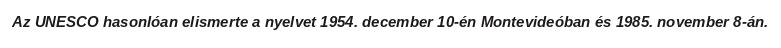
Az UNESCO hasonlóan elismerte a nyelvet 1954. december 10-én Montevideóban és 1985. november 8-án.